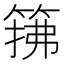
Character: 𫂅